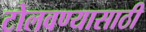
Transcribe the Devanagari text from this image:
टोलवण्यासाठी